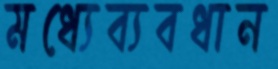
মধ্যেব্যবধান